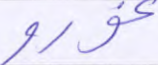
غورو